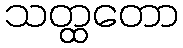
သတ္ထတော